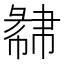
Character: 𢑩